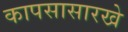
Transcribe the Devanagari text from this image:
कापसासारखे